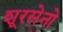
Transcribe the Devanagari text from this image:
शूरसेनो